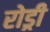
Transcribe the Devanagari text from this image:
रोड्री